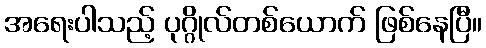
အရေးပါသည့် ပုဂ္ဂိုလ်တစ်ယောက် ဖြစ်နေပြီ။